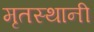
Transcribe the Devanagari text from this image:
मृतस्थानी